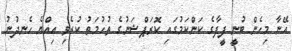
އޭނާ މިހެން ބުނީ ފީފާގެ ކަންކަމުގައި ކޮރަޕްޝަނުގެ ތުހުމަތު ކުރެވި އިއްޔެ ހެނދުނު